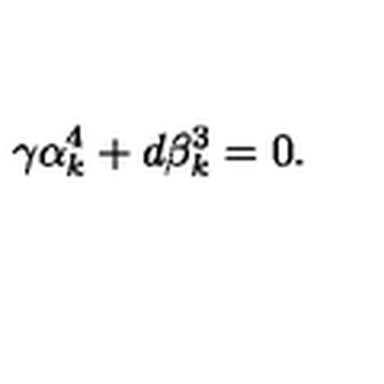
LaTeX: \gamma \alpha _ { k } ^ { 4 } + d \beta _ { k } ^ { 3 } = 0 .